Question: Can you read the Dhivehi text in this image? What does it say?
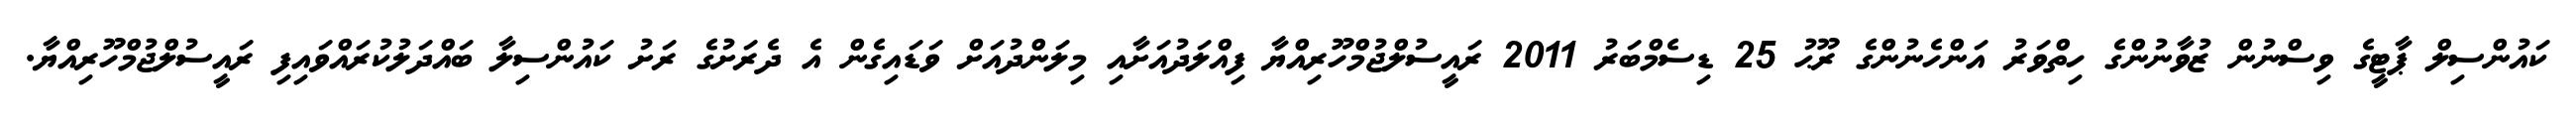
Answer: ކައުންސިލް ޕާޓީގެ ވިސްނުން ޒުވާނުންގެ ހިތްވަރު އަންހެނުންގެ ރޫޙު 25 ޑިސެމްބަރު 2011 ރައީސުލްޖުމްހޫރިއްޔާ ފިއްލަދުއަށާއި މިލަންދުއަށް ވަޑައިގެން އެ ދެރަށުގެ ރަށު ކައުންސިލާ ބައްދަލުކުރައްވައިފި ރައީސުލްޖުމްހޫރިއްޔާ.